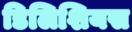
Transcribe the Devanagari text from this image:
डिलिशियस